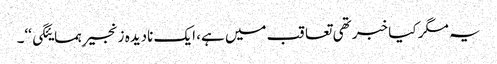
یہ مگر کیا خبر تھی تعاقب میں ہے، ایک نادیدہ زنجیرِ ہمسایئگی‘‘۔